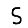
Digit: 5